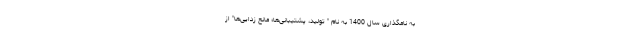
به نامگذاری سال 1400 به نام " تولید، پشتیبانی‌ها؛ مانع زدایی‌ها" از